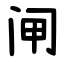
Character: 闸